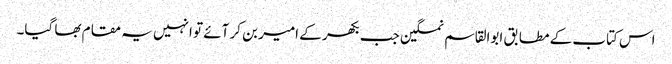
اس کتاب کے مطابق ابوالقاسم نمکین جب بکھر کے امیر بن کر آئے تو انہیں یہ مقام بھا گیا۔